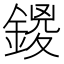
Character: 𨩻